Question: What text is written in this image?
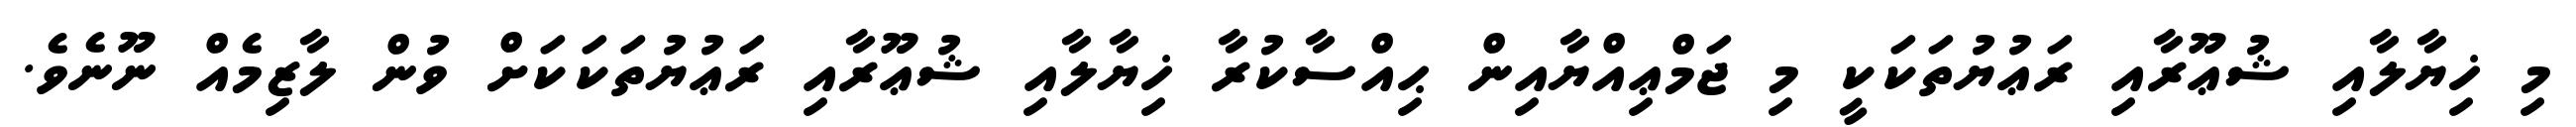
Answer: މި ޚިޔާލާއި ޝުޢޫރާއި ރަޢުޔުތަކަކީ މި ޖަމްޢިއްޔާއިން ޙިއްސާކުރާ ޚިޔާލާއި ޝުޢޫރާއި ރަޢުޔުތަކަކަށް ވުން ލާޒިމެއް ނޫނެވެ.